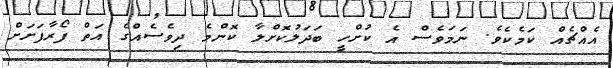
އެއްޗެއް ކަމެކެވެ. ނަމަވެސް އެ ކުށްހީ ބަދަލުކޮށްލާ ކޮންމެ ދިވެސެއްގެ އަތް ފޯރާފަށަށް